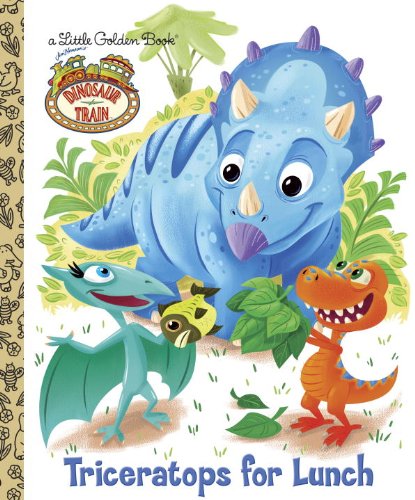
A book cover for Dinosaur Train: Triceratops for Lunch (Little Golden Book); Golden Books; Children's Books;